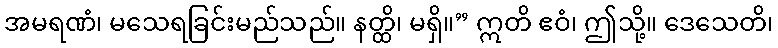
အမရဏံ၊ မသေရခြင်းမည်သည်။ နတ္ထိ၊ မရှိ။” ဣတိ ဧဝံ၊ ဤသို့။ ဒေသေတိ၊